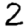
Digit: 2